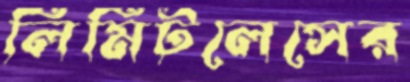
লিমিটলেসের